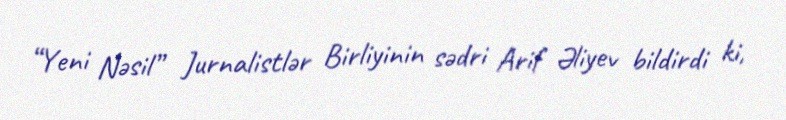
“Yeni Nəsil” Jurnalistlər Birliyinin sədri Arif Əliyev bildirdi ki,